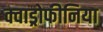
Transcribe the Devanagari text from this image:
क्वाड्रोफीनिया